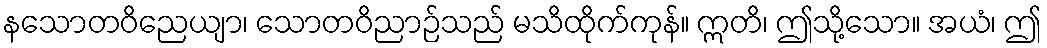
နသောတဝိညေယျာ၊ သောတဝိညာဉ်သည် မသိထိုက်ကုန်။ ဣတိ၊ ဤသို့သော။ အယံ၊ ဤ